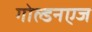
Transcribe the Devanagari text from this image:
गोल्डनएज